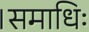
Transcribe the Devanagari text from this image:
।समाधिः